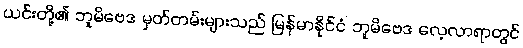
ယင်းတို့၏ ဘူမိဗေဒ မှတ်တမ်းများသည် မြန်မာနိုင်ငံ ဘူမိဗေဒ လေ့လာရာတွင်